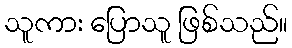
သူကား ပြောသူ ဖြစ်သည်။